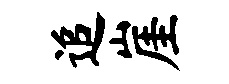
追崖